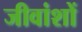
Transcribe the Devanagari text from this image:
जीवांशों